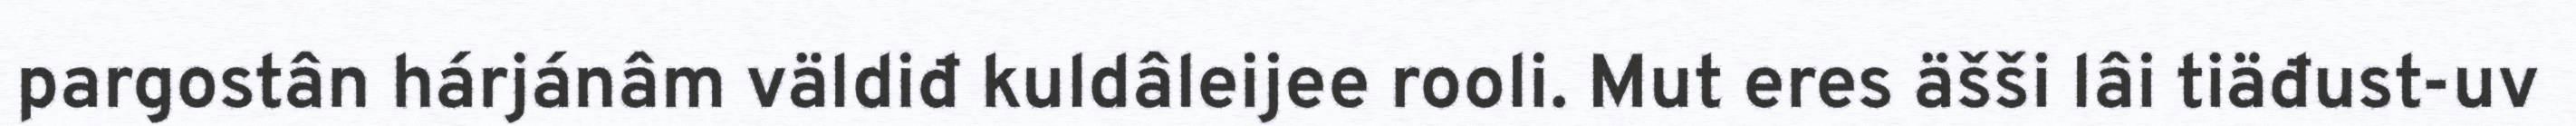
pargostân hárjánâm väldiđ kuldâleijee rooli. Mut eres äšši lâi tiäđust-uv